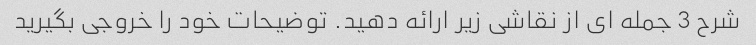
شرح 3 جمله ای از نقاشی زیر ارائه دهید. توضیحات خود را خروجی بگیرید